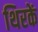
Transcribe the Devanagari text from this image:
थिरकें